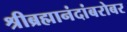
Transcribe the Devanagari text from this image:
श्रीब्रह्मानंदांबरोबर